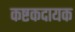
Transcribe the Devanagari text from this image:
कष्टकदायक